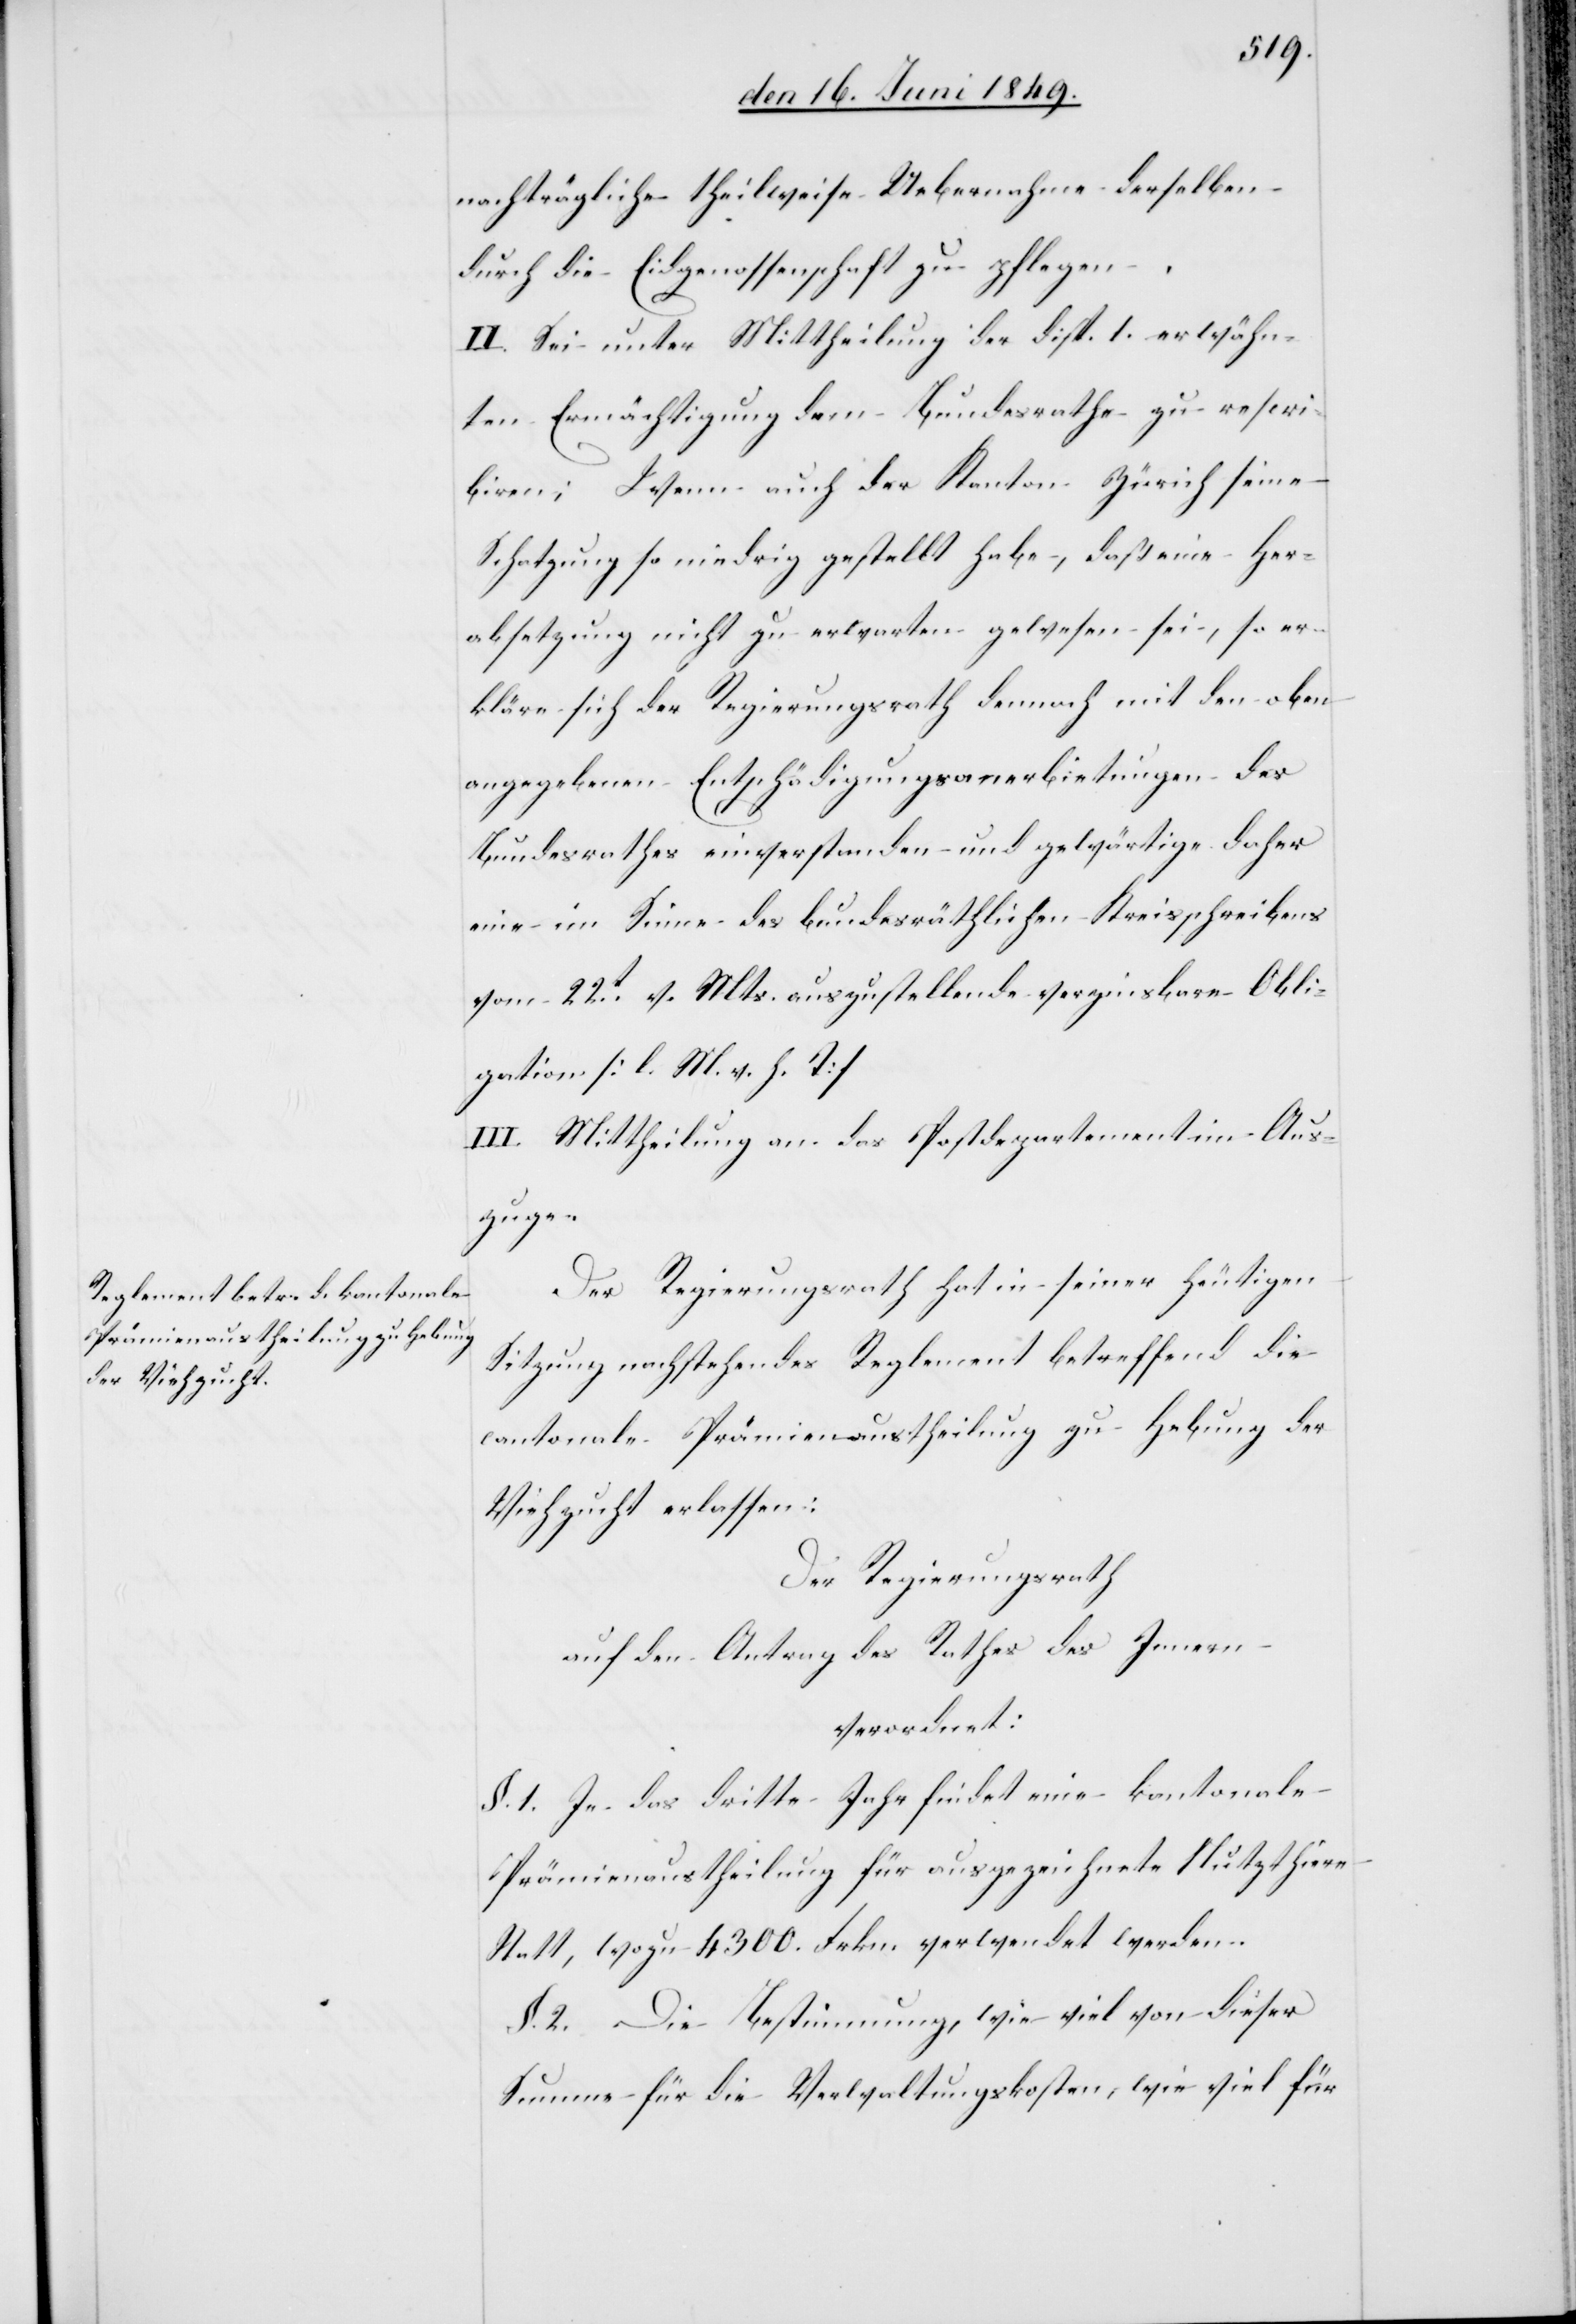
nachträgliche theilweise Uebernahme derselben
durch die Eidgenossenschaft zu pflegen.
II. Sei unter Mittheilung der disp. 1. erwähn¬
ten Ermächtigung dem Bundesrathe zu rescri¬
biren; Wenn auch der Kanton Zürich seine
Schatzung so niedrig gestellt habe, daß eine Her¬
absetzung nicht zu erwarten gewesen sei, so er¬
kläre sich der Regierungsrath demnach mit den oben
angegebenen Entschädigungsanerbietungen des
Bundesrathes einverstanden und gewärtige daher
eine im Sinne des bundesräthlichen Kreisschreibens
vom 22t v. Mts. auszustellende verzinsbare Obli¬
gation [l. M. h. T]
III. Mittheilung an das Postdepartement im Aus¬
zuge.
Der Regierungsrath hat in seiner heutigen
Sitzung nachstehendes Reglement betreffend die
cantonale Prämienaustheilung zu Hebung der
Viehzucht erlassen:
Der Regierungsrath
auf den Antrag des Rathes des Innern
verordnet:
§. 1. In das dritte Jahr findet eine kantonale
Prämienaustheilung für ausgezeichnete Nutzthiere
Statt, wozu 4300. Frkn. verwendet werden.
§. 2. Die Bestimmung, wie viel von dieser
Summe für die Verwaltungskosten, wie viel für